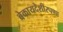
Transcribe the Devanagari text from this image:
बेकायदेशीरपणा